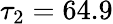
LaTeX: \tau_{2}=64.9